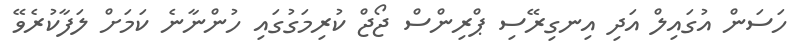
ހަސަން އުގައިލް އަދި އިނގިރޭސި ޕްރިންސް ޖޯޖް ކުރިމަގުގައި ހުންނާނެ ކަމަށް ލަފާކުރެވޭ